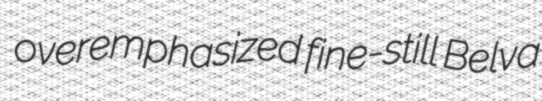
overemphasized fine-still Belva